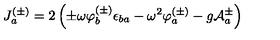
J _ { a } ^ { ( \pm ) } = 2 \left( \pm \omega \varphi _ { b } ^ { ( \pm ) } \epsilon _ { b a } - \omega ^ { 2 } \varphi _ { a } ^ { ( \pm ) } - g { \cal A } _ { a } ^ { \pm } \right)